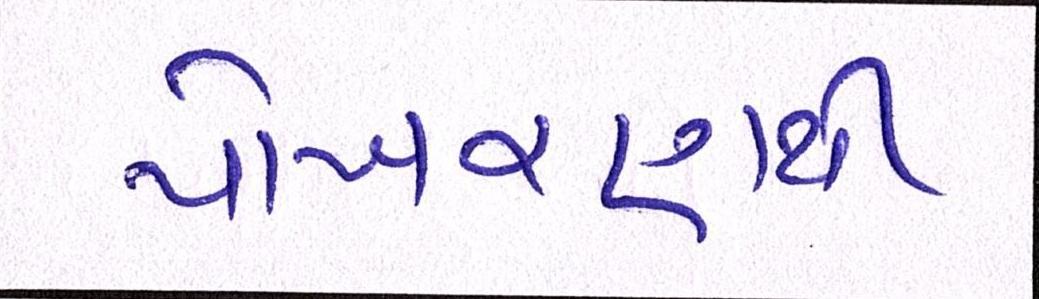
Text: પોખરણથી